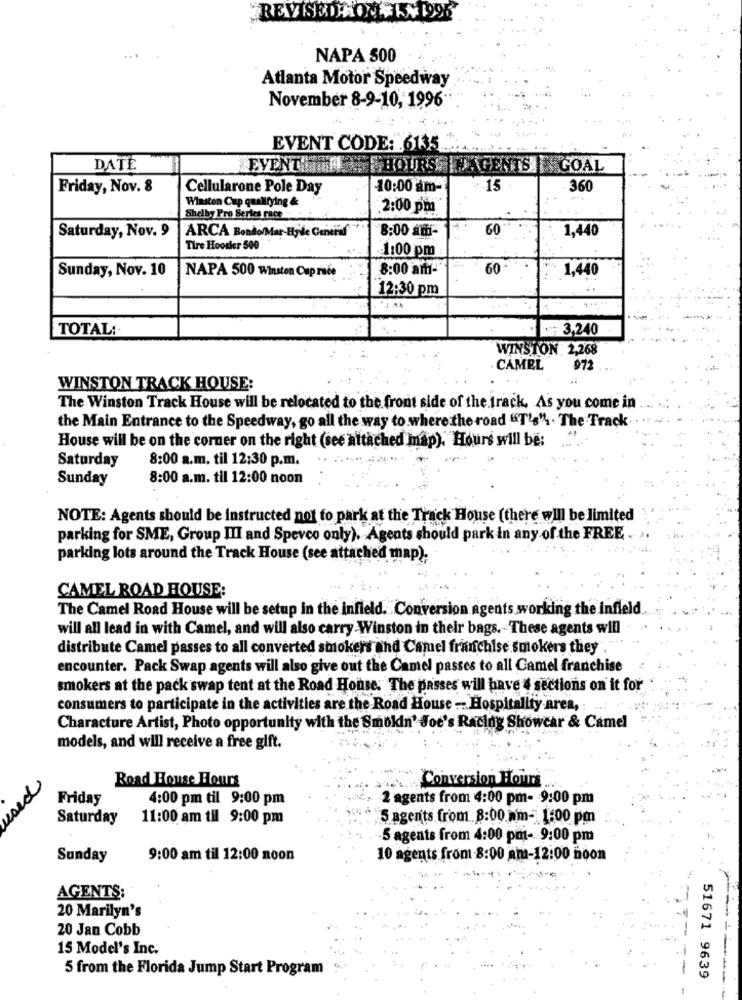
REVISEDAOV 15.1995
NAPA 500
Atlanta Motor Speedway
November 8-9-10, 1996-
EVENT CODE: . 6135
EVENT EM
DATE
HOURS | GENTS GOAL
Friday, Nov. 8
Cellularone Pole Day
10:00 am-
. 15
360
Winston Cup qualifying &
2:00 pm
Shelby Pro Series race
8:00 am-
60
1,440
Saturday, Nov. 9
ARCA Bondo/Mar Hyde General
Tire Hoosier 500
:1:00 pm
Sunday, Nov. 10
NAPA 500 Winston Cup race
8:00 am-
60-
1,440
12:30 pm
TOTAL:
; 3,240
WINSTON 2,268
CAMEL
97
WINSTON TRACK HOUSE:
The Winston Track House will be relocated to the front side of the track. As you come in
the Main Entrance to the Speedway, go all the way to where the road "T's" . The Track
House will be on the corner on the right (see attached map). Hours will be:
8:00 a.m. til 12:30 p.m.
Saturday
Sunday
8:00 a.m. til 12:00 noon
NOTE: Agents should be instructed not to park at the Track House (there will be limited
parking for SME, Group III and Spevco only). Agents should park in any of the FREE .
parking lots around the Track House (see attached map).
CAMEL ROAD HOUSE:
The Camel Road House will be setup in the infield. Conversion agents working the infield ...
will all lead in with Camel, and will also carry Winston in their bags. These agents will
distribute Camel passes to all converted smokers and Camel franchise smokers they
encounter. Pack Swap agents will also give out the Camel passes to all Camel franchise
smokers at the pack swap tent at the Road House. The passes will have & sections on it for
consumers to participate in the activities are the Road House -- Hospitality area,
Characture Artist, Photo opportunity with the Smokin' Joe's Racing Showcar & Camel
models, and will receive a free gift.
Road House Hours
Conversion Hours
P
Friday
4:00 pm til 9:00 pm
2 agents from 4:00 pm- 9:00 pm
Saturday
11:00 am til 9:00 pm
S agents from 8:00 am- 1:00 pm
-5 agents from 4:00 pm- 9:00 pm
Sunday
9:00 am til 12:00 noon
10 agents from 8:00 am-12:00 noon
AGENTS:
20 Marilyn's
20 Jan Cobb
15 Model's Inc.
5 from the Florida Jump Start Program
51671 9639